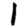
Digit: 1